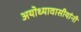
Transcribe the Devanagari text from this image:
अयोध्यावासीयांनी